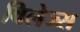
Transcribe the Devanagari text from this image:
विलेज्स